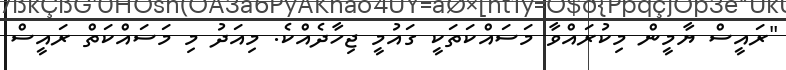
"ރައީސް ޔާމީން މިކުރައްވާ މަސައްކަތަކީ ގައުމީ ޖިހާދެއްކެ. މިއަދު މި މަސައްކަތް ރައީސް